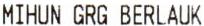
MIHUN GRG BERLAUK